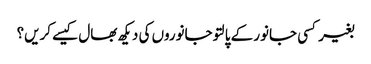
بغیر کسی جانور کے پالتو جانوروں کی دیکھ بھال کیسے کریں؟